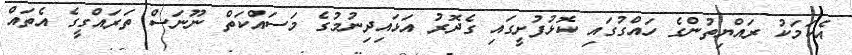
އެކަމަކު ރައްޔިތުންގެ ހައްގުގައި ކޮޅުފުށީގައި ގެދޮރު އަޅައިދިނުމުގެ މަސައްކަތް ނޫނަސް ތަރައްގީގެ އެތައް